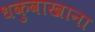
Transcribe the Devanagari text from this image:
धकुवाखाना